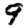
Digit: 9